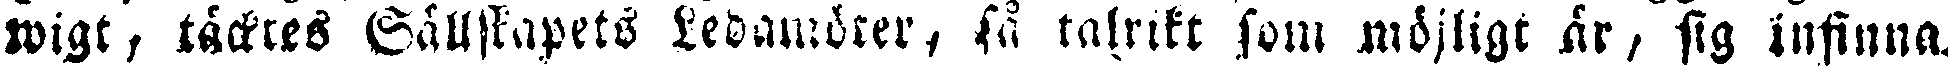
wigt, täcktes Sällskapets Ledamöter, så talrikt som möjligt år, sig infinna.